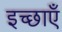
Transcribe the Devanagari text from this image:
इच्छाऍं